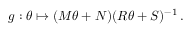
g : \theta \mapsto ( M \theta + N ) ( R \theta + S ) ^ { - 1 } \, .